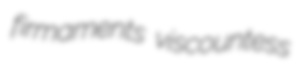
firmaments viscountess